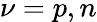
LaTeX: \nu=p,n